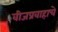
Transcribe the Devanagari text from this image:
वीजप्रवाहाचे